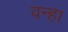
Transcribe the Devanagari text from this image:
वन्हा